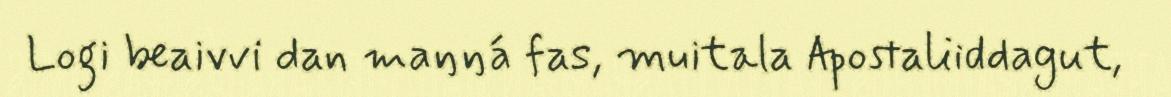
Logi beaivvi dan maŋŋá fas, muitala Apostaliiddagut,